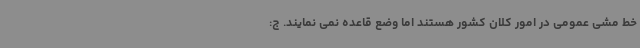
خط مشی عمومی در امور کلان کشور هستند اما وضع قاعده نمی نمایند. ج: